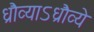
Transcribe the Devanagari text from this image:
ध्रौव्याऽध्रौव्ये